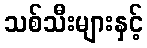
သစ်သီးများနှင့်